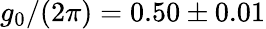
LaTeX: g_{0}/(2\pi)=0.50\pm 0.01